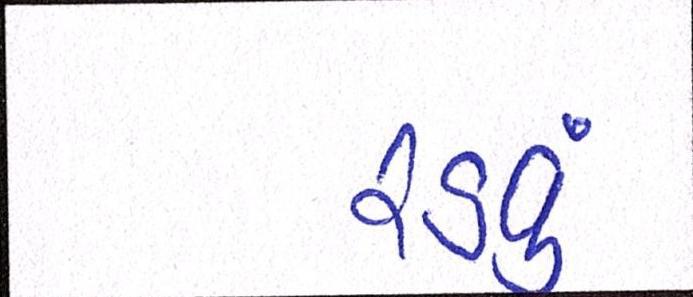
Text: રડવું